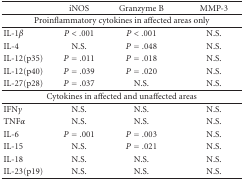
|  | iNOS | Granzyme B | MMP-3 |
 | --- | --- | --- | --- |
 | <COLSPAN=4> Proinflammatory cytokines in affected areas only |
 | IL-1β | P < .001 | P < .001 | N.S. |
 | IL-4 | N.S. | P = .048 | N.S. |
 | IL-12(p35) | P = .011 | P = .018 | N.S. |
 | IL-12(p40) | P = .039 | P = .020 | N.S. |
 | IL-27(p28) | P = .037 | N.S. | N.S. |
 | <COLSPAN=4> Cytokines in affected and unaffected areas |
 | IFNγ | N.S. | N.S. | N.S. |
 | TNFα | N.S. | N.S. | N.S. |
 | IL-6 | P = .001 | P = .003 | N.S. |
 | IL-15 | N.S. | P = .021 | N.S. |
 | IL-18 | N.S. | N.S. | N.S. |
 | IL-23(p19) | N.S. | N.S. | N.S. |